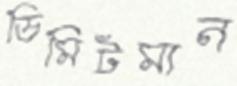
ডিমিটমান